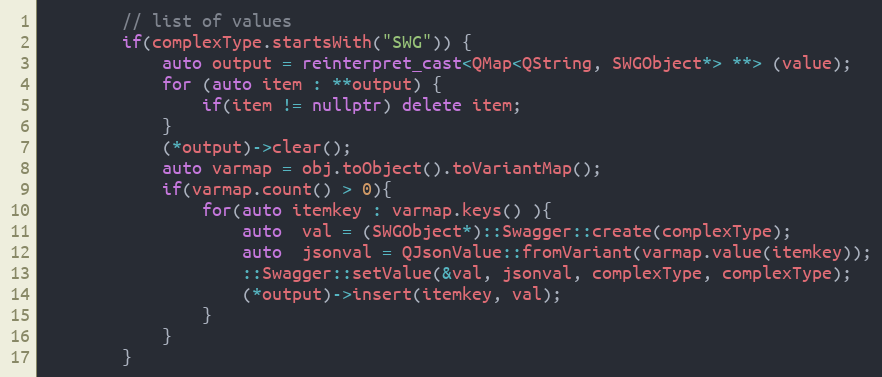
Language: C++
        // list of values
        if(complexType.startsWith("SWG")) {
            auto output = reinterpret_cast<QMap<QString, SWGObject*> **> (value);
            for (auto item : **output) {
                if(item != nullptr) delete item;
            }
            (*output)->clear();
            auto varmap = obj.toObject().toVariantMap();
            if(varmap.count() > 0){
                for(auto itemkey : varmap.keys() ){
                    auto  val = (SWGObject*)::Swagger::create(complexType);
                    auto  jsonval = QJsonValue::fromVariant(varmap.value(itemkey));
                    ::Swagger::setValue(&val, jsonval, complexType, complexType);
                    (*output)->insert(itemkey, val);
                }
            }
        }